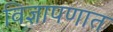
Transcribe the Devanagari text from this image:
विज्ञापणात